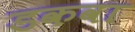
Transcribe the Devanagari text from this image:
डकवा